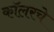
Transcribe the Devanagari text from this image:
कॉलरचे